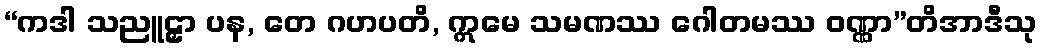
“ကဒါ သညူဠှာ ပန, တေ ဂဟပတိ, ဣမေ သမဏဿ ဂေါတမဿ ဝဏ္ဏာ”တိအာဒီသု